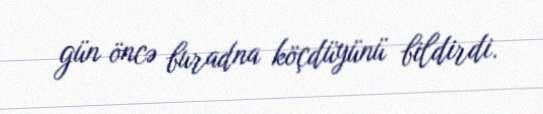
gün öncə buradna köçdüyünü bildirdi.